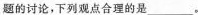
题的讨论，下列观点合理的是___。